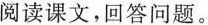
阅读课文，回答问题。